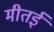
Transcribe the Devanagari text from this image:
मीतई